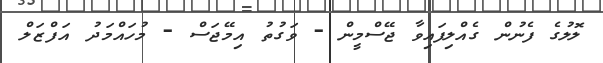
ލޮލުގެ ފެނުން ގެއްލިފައިވާ ޖޭސްމީީން - ވަގުތު އިމޭޖަސް - މުހައްމަދު އަފްޒަލް